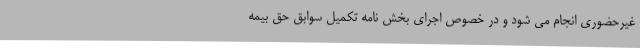
غیرحضوری انجام می شود و در خصوص اجرای بخش نامه تکمیل سوابق حق بیمه